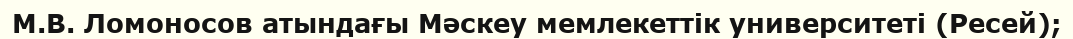
М.В. Ломоносов атындағы Мәскеу мемлекеттік университеті (Ресей);